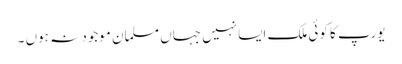
یورپ کا کوئی ملک ایسا نہیں جہاں مسلمان موجود نہ ہوں ۔